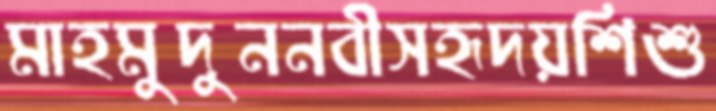
মাহমুদুননবীসহৃদয়শিশু